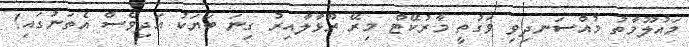
މައުލޫމާތު މުއްސަނދިވި ވަގުތީ މާރުކޭޓް މިރޭ ރޫޅާލާއިރު ގިނަ ބަޔަކު އަދިވެސް އެތަނުގައި!